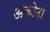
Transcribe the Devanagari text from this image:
अकोढ़ा